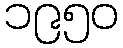
၁၉၅၀